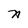
Character: A